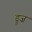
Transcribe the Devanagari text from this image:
ड्रूज़